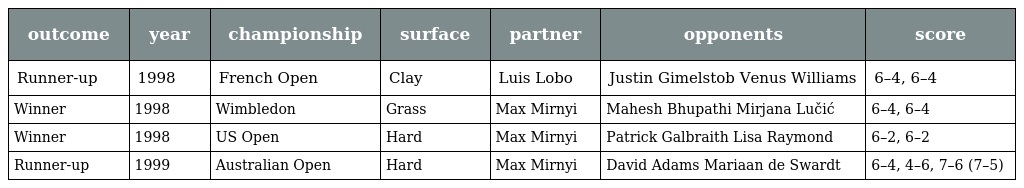
| outcome | year | championship | surface | partner | opponents | score |
 | --- | --- | --- | --- | --- | --- | --- |
 | Runner-up | 1998 | French Open | Clay | Luis Lobo | Justin Gimelstob Venus Williams | 6–4, 6–4 |
 | Winner | 1998 | Wimbledon | Grass | Max Mirnyi | Mahesh Bhupathi Mirjana Lučić | 6–4, 6–4 |
 | Winner | 1998 | US Open | Hard | Max Mirnyi | Patrick Galbraith Lisa Raymond | 6–2, 6–2 |
 | Runner-up | 1999 | Australian Open | Hard | Max Mirnyi | David Adams Mariaan de Swardt | 6–4, 4–6, 7–6 (7–5) |